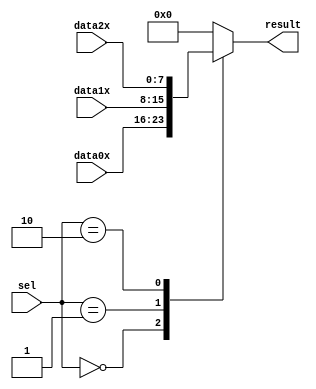
`timescale 1 ps / 1 ps

module mux3to1my (
	data0x,
	data1x,
	data2x,
	sel,
	result);

	input	[7:0]  data0x;
	input	[7:0]  data1x;
	input	[7:0]  data2x;
	input	[2:0]  sel;
	output reg [7:0]  result;

	always @(*)
	begin
		case (sel)
			3'b000: result <= data0x;
			3'b001: result <= data1x;
			3'b010: result <= data2x;
			
			default: result <= 8'b0;
		endcase
	end
	
endmodule